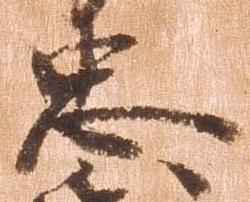
忠